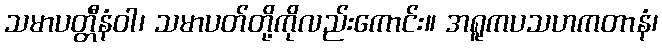
သမာပတ္တီနံဝါ၊ သမာပတ်တို့ကိုလည်းကောင်း။ အရူကပသဟကတာနံ၊